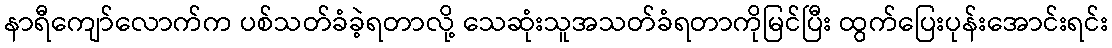
နာရီကျော်လောက်က ပစ်သတ်ခံခဲ့ရတာလို့ သေဆုံးသူအသတ်ခံရတာကိုမြင်ပြီး ထွက်ပြေးပုန်းအောင်းရင်း